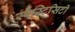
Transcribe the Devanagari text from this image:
स्पैस्टिसिटी